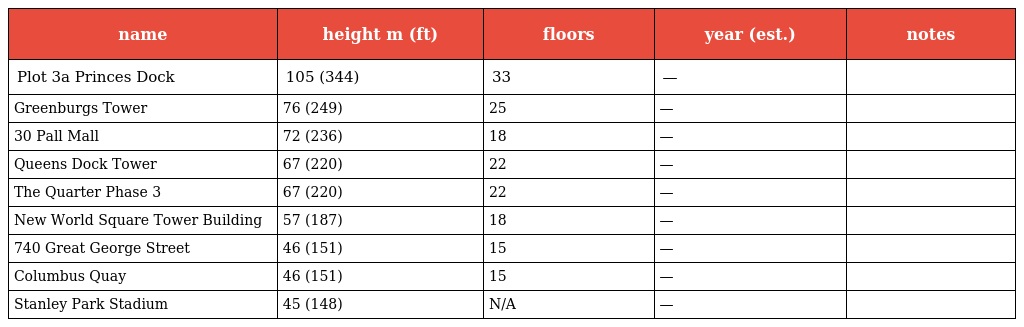
| name | height m (ft) | floors | year (est.) | notes |
 | --- | --- | --- | --- | --- |
 | Plot 3a Princes Dock | 105 (344) | 33 | — |  |
 | Greenburgs Tower | 76 (249) | 25 | — |  |
 | 30 Pall Mall | 72 (236) | 18 | — |  |
 | Queens Dock Tower | 67 (220) | 22 | — |  |
 | The Quarter Phase 3 | 67 (220) | 22 | — |  |
 | New World Square Tower Building | 57 (187) | 18 | — |  |
 | 740 Great George Street | 46 (151) | 15 | — |  |
 | Columbus Quay | 46 (151) | 15 | — |  |
 | Stanley Park Stadium | 45 (148) | N/A | — |  |